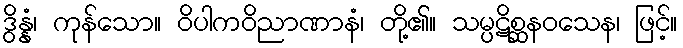
ဒွိန္နံ၊ ကုန်သော။ ဝိပါကဝိညာဏာနံ၊ တို့၏။ သမ္ပဋိစ္ဆနဝသေန၊ ဖြင့်။